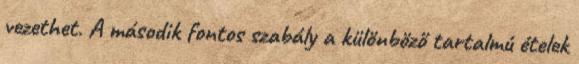
vezethet. A második fontos szabály a különböző tartalmú ételek